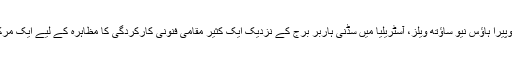
سڈنی اوپیرا ہاؤس نیو ساؤتھ ویلز، آسٹریلیا میں سڈنی ہاربر برج کے نزدیک ایک کثیر مقامی فنونی کارکردگی کا مظاہرہ کے لیے ایک مرکز ہے۔